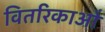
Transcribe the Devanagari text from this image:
वितरिकाओं